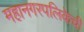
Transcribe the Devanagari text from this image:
महानगरपलिकेची